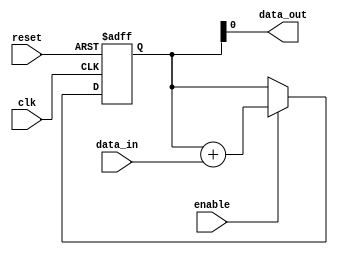
module cascaded_accumulator (
    input wire clk,         // Clock input
    input wire reset,       // Reset input
    input wire enable,      // Enable input
    input wire data_in,     // Input data
    output wire data_out    // Output data
);

reg [15:0] accumulator;     // 16-bit accumulator register

always @(posedge clk or posedge reset)
begin
    if (reset) begin
        accumulator <= 16'h0000;    // Reset accumulator to 0
    end else if (enable) begin
        // Perform addition operation
        accumulator <= accumulator + data_in;
    end
end

assign data_out = accumulator;   // Output the accumulator value

endmodule